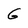
Character: G